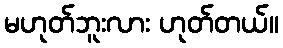
မဟုတ်ဘူးလား ဟုတ်တယ်။